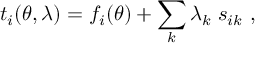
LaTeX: t _ { i } ( \theta , \lambda ) = f _ { i } ( \theta ) + \sum _ { k } \lambda _ { k } \; s _ { i k } \ ,